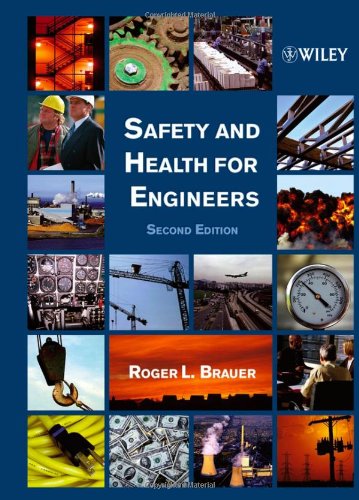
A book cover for Safety and Health for Engineers; Roger L. Brauer; Engineering & Transportation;